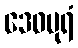
ဒေဝပုရံ